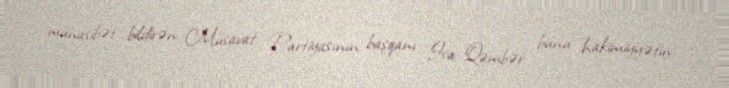
münasibət bildirən Müsavat Partiyasının başqanı İsa Qəmbər bunu hakimiyyətin